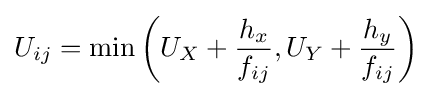
U_{ij}=\min \left(U_{X}+{\frac {h_{x}}{f_{ij}}},U_{Y}+{\frac {h_{y}}{f_{ij}}}\right)